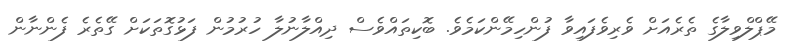
މޭޕްލްވިލާގެ ތެރެއަށް ވެރިވެފައިވާ ފުންހިމޭންކަމެވެ. ބޮކިތައްވެސް ދިއްލާނުލާ ހުރުމުން ފަޅުގޮތަކަށް ގޭތެރެ ފެންނާން